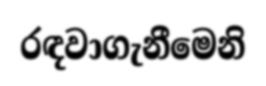
රඳවාගැනීමෙනි